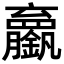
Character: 𬬘